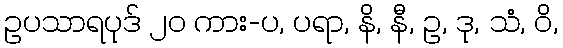
ဥပသာရပုဒ် ၂၀ ကား-ပ, ပရာ, နိ, နီ, ဥ, ဒု, သံ, ဝိ,